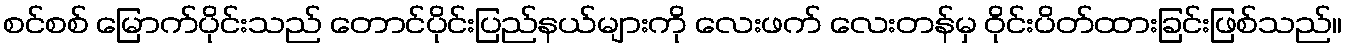
စင်စစ် မြောက်ပိုင်းသည် တောင်ပိုင်းပြည်နယ်များကို လေးဖက် လေးတန်မှ ဝိုင်းပိတ်ထားခြင်းဖြစ်သည်။